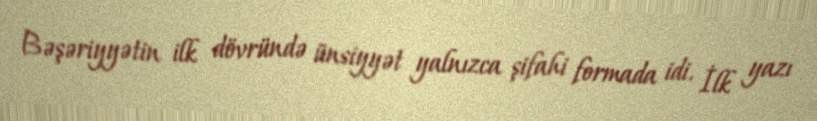
Bəşəriyyətin ilk dövründə ünsiyyət yalnızca şifahi formada idi. İlk yazı